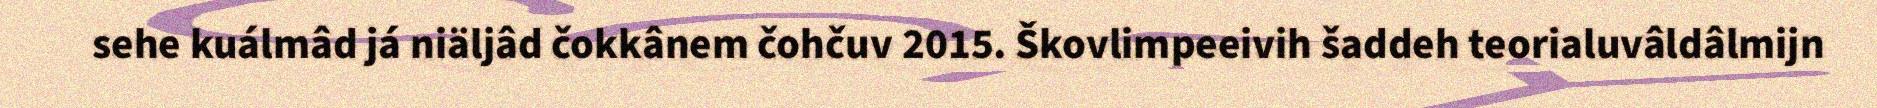
sehe kuálmâd já niäljâd čokkânem čohčuv 2015. Škovlimpeeivih šaddeh teorialuvâldâlmijn